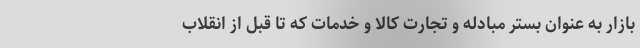
بازار به عنوان بستر مبادله و تجارت کالا و خدمات که تا قبل از انقلاب